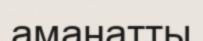
аманатты